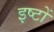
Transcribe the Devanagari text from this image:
इष्‍टों